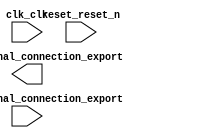

module counter (
	clk_clk,
	pio_0_external_connection_export,
	pio_1_external_connection_export,
	reset_reset_n);	

	input		clk_clk;
	output	[11:0]	pio_0_external_connection_export;
	input	[7:0]	pio_1_external_connection_export;
	input		reset_reset_n;
endmodule